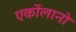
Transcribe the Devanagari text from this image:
एर्कोलानो